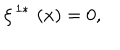
LaTeX: \xi ^ { \, 1 \ast } \, \left( x \right) = 0 ,